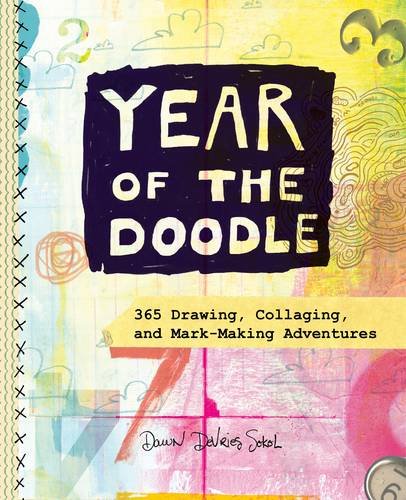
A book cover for Year of the Doodle: 365 Drawing, Collaging, and Mark-Making Adventures; Dawn DeVries Sokol; Crafts, Hobbies & Home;